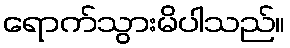
ရောက်သွားမိပါသည်။